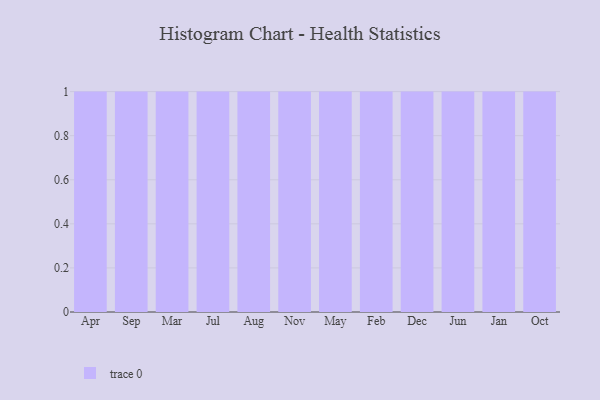
{"axis": {"x": "Month", "y": "Page Views"}, "legend": [""], "data": [{"x": "Apr", "y": 81, "type": ""}, {"x": "Sep", "y": 6, "type": ""}, {"x": "Mar", "y": 44, "type": ""}, {"x": "Jul", "y": 30, "type": ""}, {"x": "Aug", "y": 58, "type": ""}, {"x": "Nov", "y": 54, "type": ""}, {"x": "May", "y": 80, "type": ""}, {"x": "Feb", "y": 16, "type": ""}, {"x": "Dec", "y": 79, "type": ""}, {"x": "Jun", "y": 7, "type": ""}, {"x": "Jan", "y": 92, "type": ""}, {"x": "Oct", "y": 73, "type": ""}]}